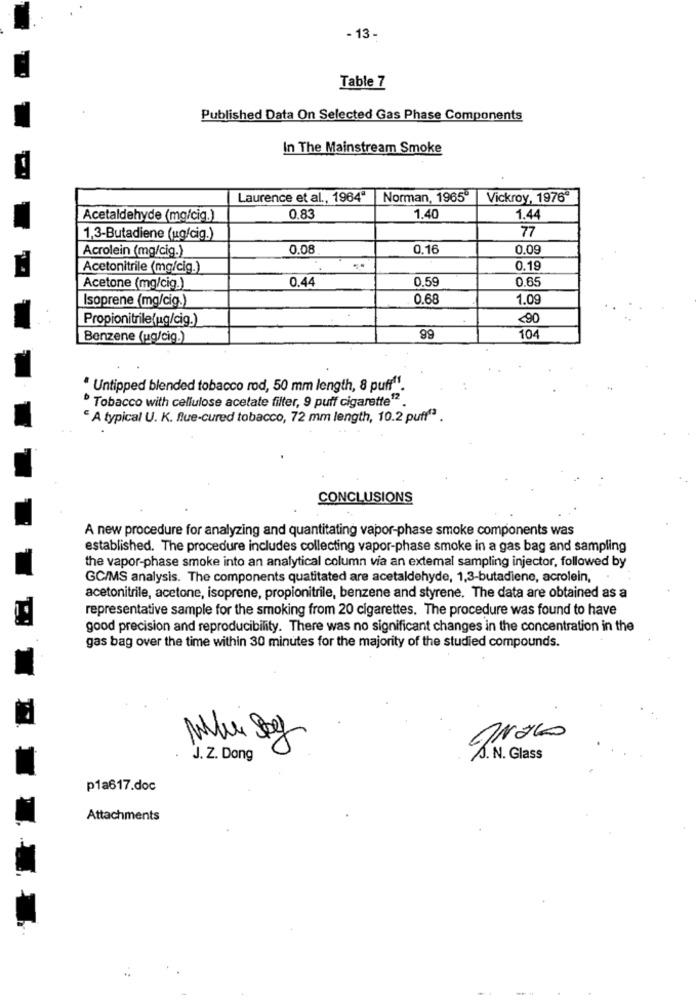
- 13-
Table 7
Published Data On Selected Gas Phase Components
In The Mainstream Smoke
Laurence et al ., 1964ª
Norman, 1965
Vickroy, 1976ª
Acetaldehyde (mo/cig.)
0.83
1.40
1.44
77
1,3-Butadiene (ug/cig.)
Acrolein (mg/cig.)
0.08
0.16
0.09
Acetonitrile (mg/cig.)
0.19
0.44
0.59
0.65
Acetone (mg/cig.)
Isoprene (mg/cig.)
0.68
1.09
Propionitrile(ug/cig.)
<90
Benzene (ug/cig.)
99
104
* Untipped blended tobacco rod, 50 mm length, 8 pufff".
Tobacco with cellulose acetate filter, 9 puff cigarette12
A typical U. K. flue-cured tobacco, 72 mm length, 10.2 puff"3 .
CONCLUSIONS
A new procedure for analyzing and quantitating vapor-phase smoke components was
established. The procedure includes collecting vapor-phase smoke in a gas bag and sampling
the vapor-phase smoke into an analytical column via an extemal sampling injector, followed by
GC/MS analysis. The components quatitated are acetaldehyde, 1,3-butadiene, acrolein,
acetonitrile, acetone, isoprene, propionitrile, benzene and styrene. The data are obtained as a
representative sample for the smoking from 20 cigarettes. The procedure was found to have
good precision and reproducibility. There was no significant changes in the concentration in the
gas bag over the time within 30 minutes for the majority of the studied compounds.
1
J. Z. Dong
A. N. Glass
p1a617.doc
Attachments